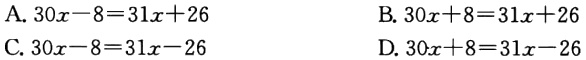
A. \(30x - 8 = 31x + 26\)

B. \(30x + 8 = 31x + 26\)

C. \(30x - 8 = 31x - 26\)

D. \(30x + 8 = 31x - 26\)